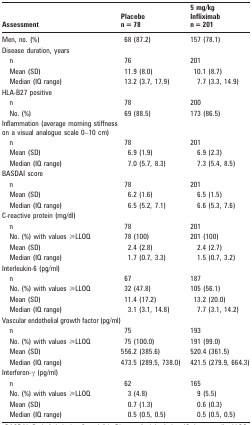
<table><thead><tr><td><b>Assessment</b></td><td><b>Placebo n = 78</b></td><td><b>5 mg/kg Infliximab n = 201</b></td></tr></thead><tbody><tr><td>Men, no. (%)</td><td>68 (87.2)</td><td>157 (78.1)</td></tr><tr><td>Disease duration, years</td><td></td><td></td></tr><tr><td>n</td><td>76</td><td>201</td></tr><tr><td>Mean (SD)</td><td>11.9 (8.0)</td><td>10.1 (8.7)</td></tr><tr><td>Median (IQ range)</td><td>13.2 (3.7, 17.9)</td><td>7.7 (3.3, 14.9)</td></tr><tr><td>HLA-B27 positive</td><td></td><td></td></tr><tr><td>n</td><td>78</td><td>200</td></tr><tr><td>No. (%)</td><td>69 (88.5)</td><td>173 (86.5)</td></tr><tr><td>Inflammation (average morning stiffness on a visual analogue scale 0–10 cm)</td><td></td><td></td></tr><tr><td>n</td><td>78</td><td>201</td></tr><tr><td>Mean (SD)</td><td>6.9 (1.9)</td><td>6.9 (2.3)</td></tr><tr><td>Median (IQ range)</td><td>7.0 (5.7, 8.3)</td><td>7.3 (5.4, 8.5)</td></tr><tr><td>BASDAI score</td><td></td><td></td></tr><tr><td>n</td><td>78</td><td>201</td></tr><tr><td>Mean (SD)</td><td>6.2 (1.6)</td><td>6.5 (1.5)</td></tr><tr><td>Median (IQ range)</td><td>6.5 (5.2, 7.1)</td><td>6.6 (5.3, 7.6)</td></tr><tr><td>C-reactive protein (mg/dl)</td><td></td><td></td></tr><tr><td>n</td><td>78</td><td>201</td></tr><tr><td>No. (%) with values ⩾LLOQ</td><td>78 (100)</td><td>201 (100)</td></tr><tr><td>Mean (SD)</td><td>2.4 (2.8)</td><td>2.4 (2.7)</td></tr><tr><td>Median (IQ range)</td><td>1.7 (0.7, 3.3)</td><td>1.5 (0.7, 3.2)</td></tr><tr><td>Interleukin-6 (pg/ml)</td><td></td><td></td></tr><tr><td>n</td><td>67</td><td>187</td></tr><tr><td>No. (%) with values ⩾LLOQ</td><td>32 (47.8)</td><td>105 (56.1)</td></tr><tr><td>Mean (SD)</td><td>11.4 (17.2)</td><td>13.2 (20.0)</td></tr><tr><td>Median (IQ range)</td><td>3.1 (3.1, 14.8)</td><td>7.7 (3.1, 14.2)</td></tr><tr><td>Vascular endothelial growth factor (pg/ml)</td><td></td><td></td></tr><tr><td>n</td><td>75</td><td>193</td></tr><tr><td>No. (%) with values ⩾LLOQ</td><td>75 (100.0)</td><td>191 (99.0)</td></tr><tr><td>Mean (SD)</td><td>556.2 (385.6)</td><td>520.4 (361.5)</td></tr><tr><td>Median (IQ range)</td><td>473.5 (289.5, 738.0)</td><td>421.5 (279.9, 664.3)</td></tr><tr><td>Interferon-γ (pg/ml)</td><td></td><td></td></tr><tr><td>n</td><td>62</td><td>165</td></tr><tr><td>No. (%) with values ⩾LLOQ</td><td>3 (4.8)</td><td>9 (5.5)</td></tr><tr><td>Mean (SD)</td><td>0.7 (1.3)</td><td>0.6 (0.3)</td></tr><tr><td>Median (IQ range)</td><td>0.5 (0.5, 0.5)</td><td>0.5 (0.5, 0.5)</td></tr></tbody></table>